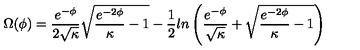
\Omega ( \phi ) = \frac { e ^ { - \phi } } { 2 \sqrt { \kappa } } \sqrt { \frac { e ^ { - 2 \phi } } { \kappa } - 1 } - \frac { 1 } { 2 } l n \left( \frac { e ^ { - \phi } } { \sqrt { \kappa } } + \sqrt { \frac { e ^ { - 2 \phi } } { \kappa } - 1 } \right)